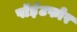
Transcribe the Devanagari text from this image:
पॉइंटफोर